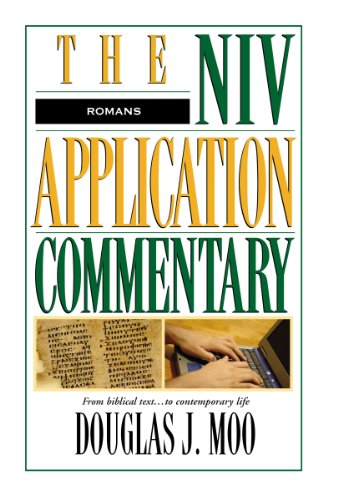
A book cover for Romans: The Niv Application Commentary: From Biblical Text to Contemporary Life; Douglas J. Moo; Christian Books & Bibles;